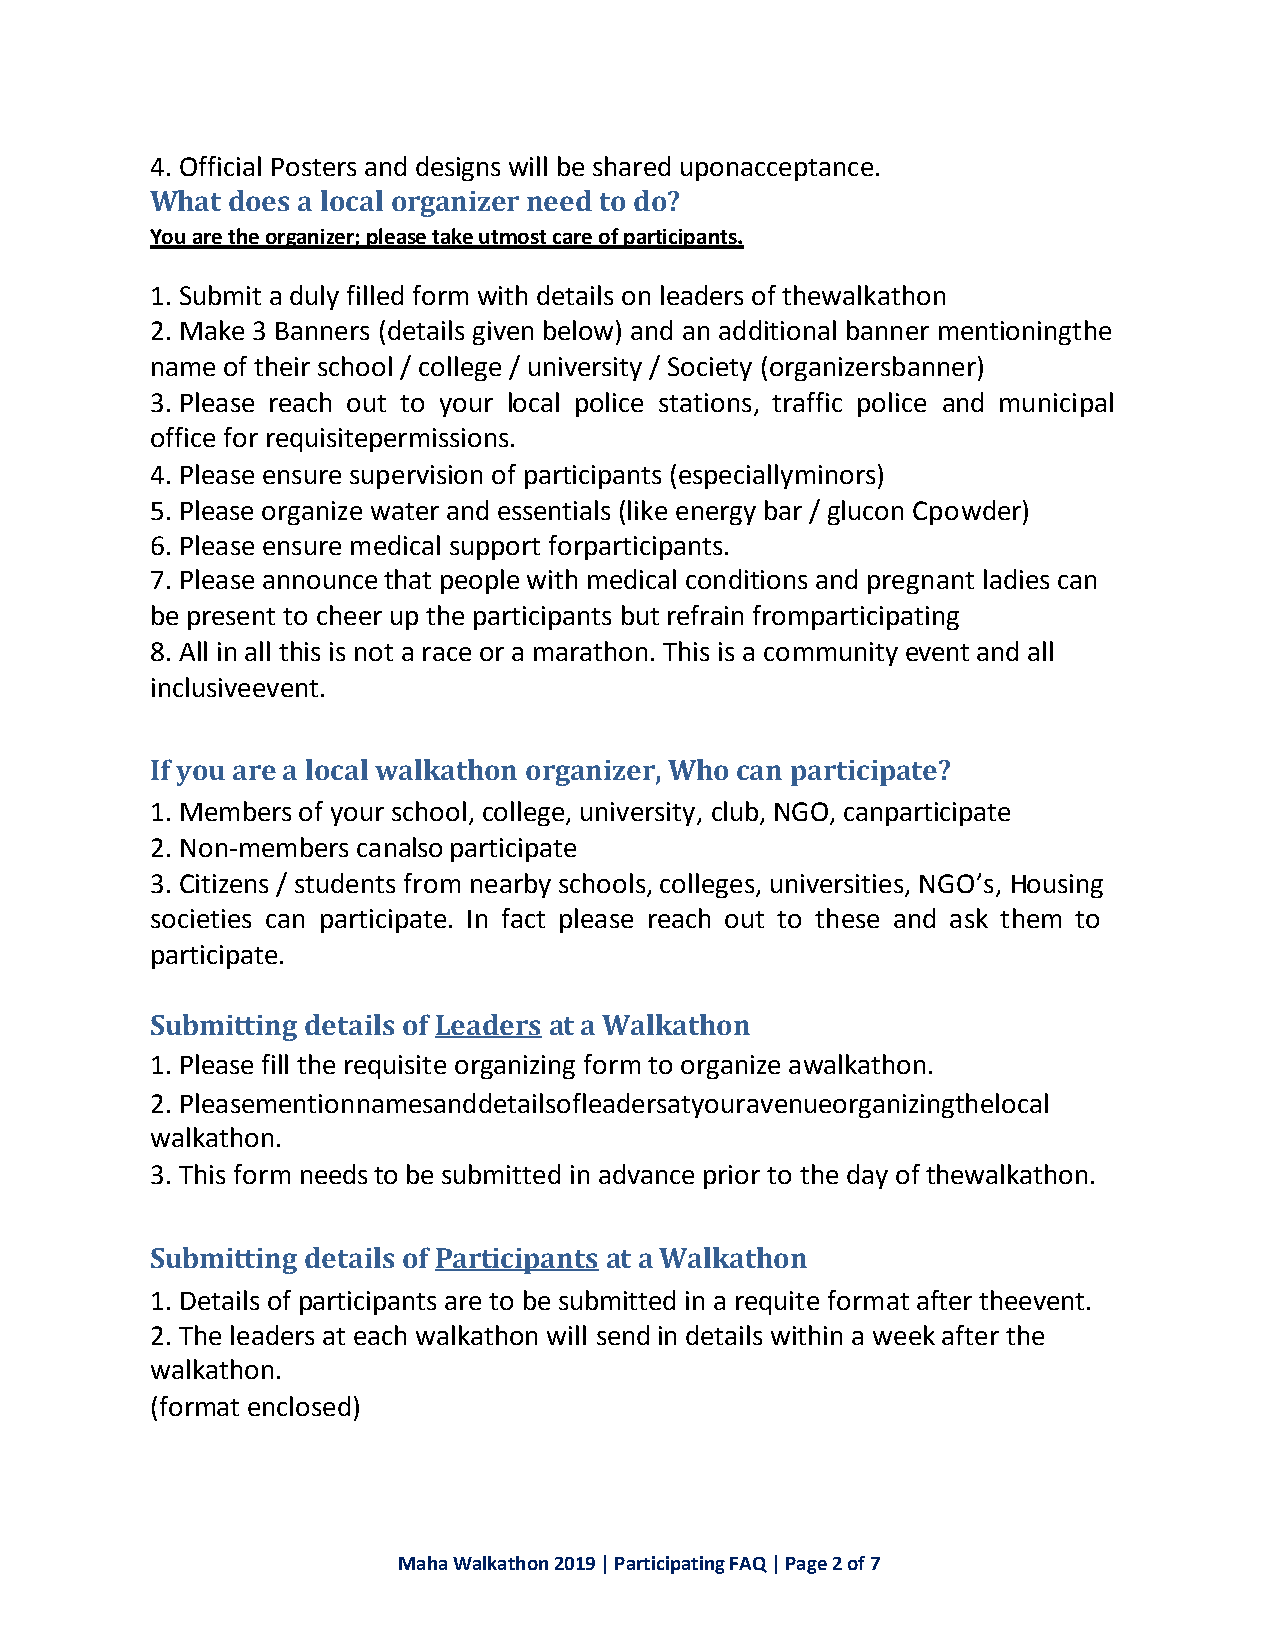
4. Official Posters and designs will be shared uponacceptance.
 What does a local organizer need to do?
 You are the organizer; please take utmost care of participants.
 1. Submit a duly filled form with details on leaders of thewalkathon
 2. Make 3 Banners (details given below) and an additional banner mentioningthe
 name of their school / college / university / Society (organizersbanner)
 3. Please reach out to your local police stations, traffic police and municipal
 office for requisitepermissions.
 4. Please ensure supervision of participants (especiallyminors)
 5. Please organize water and essentials (like energy bar / glucon Cpowder)
 6. Please ensure medical support forparticipants.
 7. Please announce that people with medical conditions and pregnant ladies can
 be present to cheer up the participants but refrain fromparticipating
 8. All in all this is not a race or a marathon. This is a community event and all
 inclusiveevent.
 If you are a local walkathon organizer, Who can participate?
 1. Members of your school, college, university, club, NGO, canparticipate
 2. Non-members canalso participate
 3. Citizens / students from nearby schools, colleges, universities, NGO’s, Housing
 societies can participate. In fact please reach out to these and ask them to
 participate.
 Submitting details of Leaders at a Walkathon
 1. Please fill the requisite organizing form to organize awalkathon.
 2. Pleasementionnamesanddetailsofleadersatyouravenueorganizingthelocal
 walkathon.
 3. This form needs to be submitted in advance prior to the day of thewalkathon.
 Submitting details of Participants at a Walkathon
 1. Details of participants are to be submitted in a requite format after theevent.
 2. The leaders at each walkathon will send in details within a week after the
 walkathon.
 (format enclosed)
 Maha Walkathon 2019 | Participating FAQ | Page 2 of 7